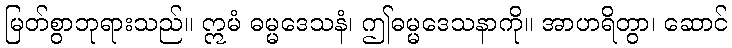
မြတ်စွာဘုရားသည်။ ဣမံ ဓမ္မဒေသနံ၊ ဤဓမ္မဒေသနာကို။ အာဟရိတွာ၊ ဆောင်